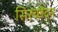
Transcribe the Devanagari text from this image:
सिरच्छेदन